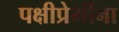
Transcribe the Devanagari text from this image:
पक्षीप्रेमींना